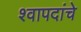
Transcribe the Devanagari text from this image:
श्वापदांचे